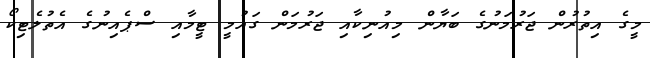
މީގެ އިތުރުން ޖަރުމަނުގެ ބަޔާން މިއުނިކާއި ޖަރުމަން ގައުމީ ޓީމާއި ސްޕެއިނުގެ އެތުލެޓިކޯ